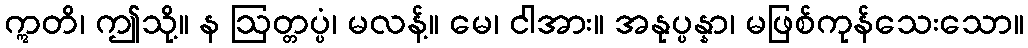
ဣတိ၊ ဤသို့။ န ဩတ္တပ္ပံ၊ မလန့်။ မေ၊ ငါအား။ အနုပ္ပန္နာ၊ မဖြစ်ကုန်သေးသော။